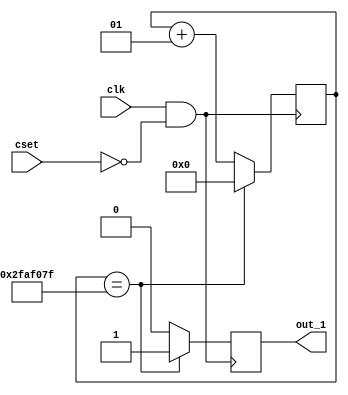
module s_1(clk,out_1,cset);//50M
	input clk,cset;
	integer b;
	output out_1;
	reg out_1;
	parameter m=49999999; 
	
	always @(posedge clk & cset==0)//
	  begin
			if(b==m)
			  begin
			    out_1<=1;
			    b<=0;
			  end
			else
			  begin
			 	out_1<=0; 
				b<=b+1;
			  end
	  end
endmodule